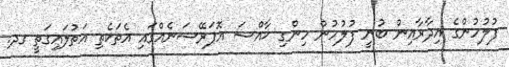
ފުލުހުންގެ އިދާރާއިން ބުނީ ފުލުހުން ހިންގި ޚާއްސަ އޮޕަރޭޝަނެއްގައި އެތަކެތި އަތުލައިގަތީ ގދ.